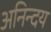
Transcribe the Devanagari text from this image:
अनिन्दय